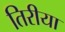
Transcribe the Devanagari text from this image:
तिरीया